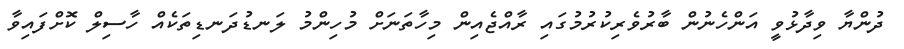
ދުންޔާ ވިދާޅުވީ އަންހެނުން ބާރުވެރިކުރުމުގައި ރާއްޖެއިން މިހާތަނަށް މުހިންމު ލަނޑުދަނޑިތަކެއް ހާސިލް ކޮށްފައިވާ